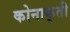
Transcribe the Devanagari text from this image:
कोनाकृती